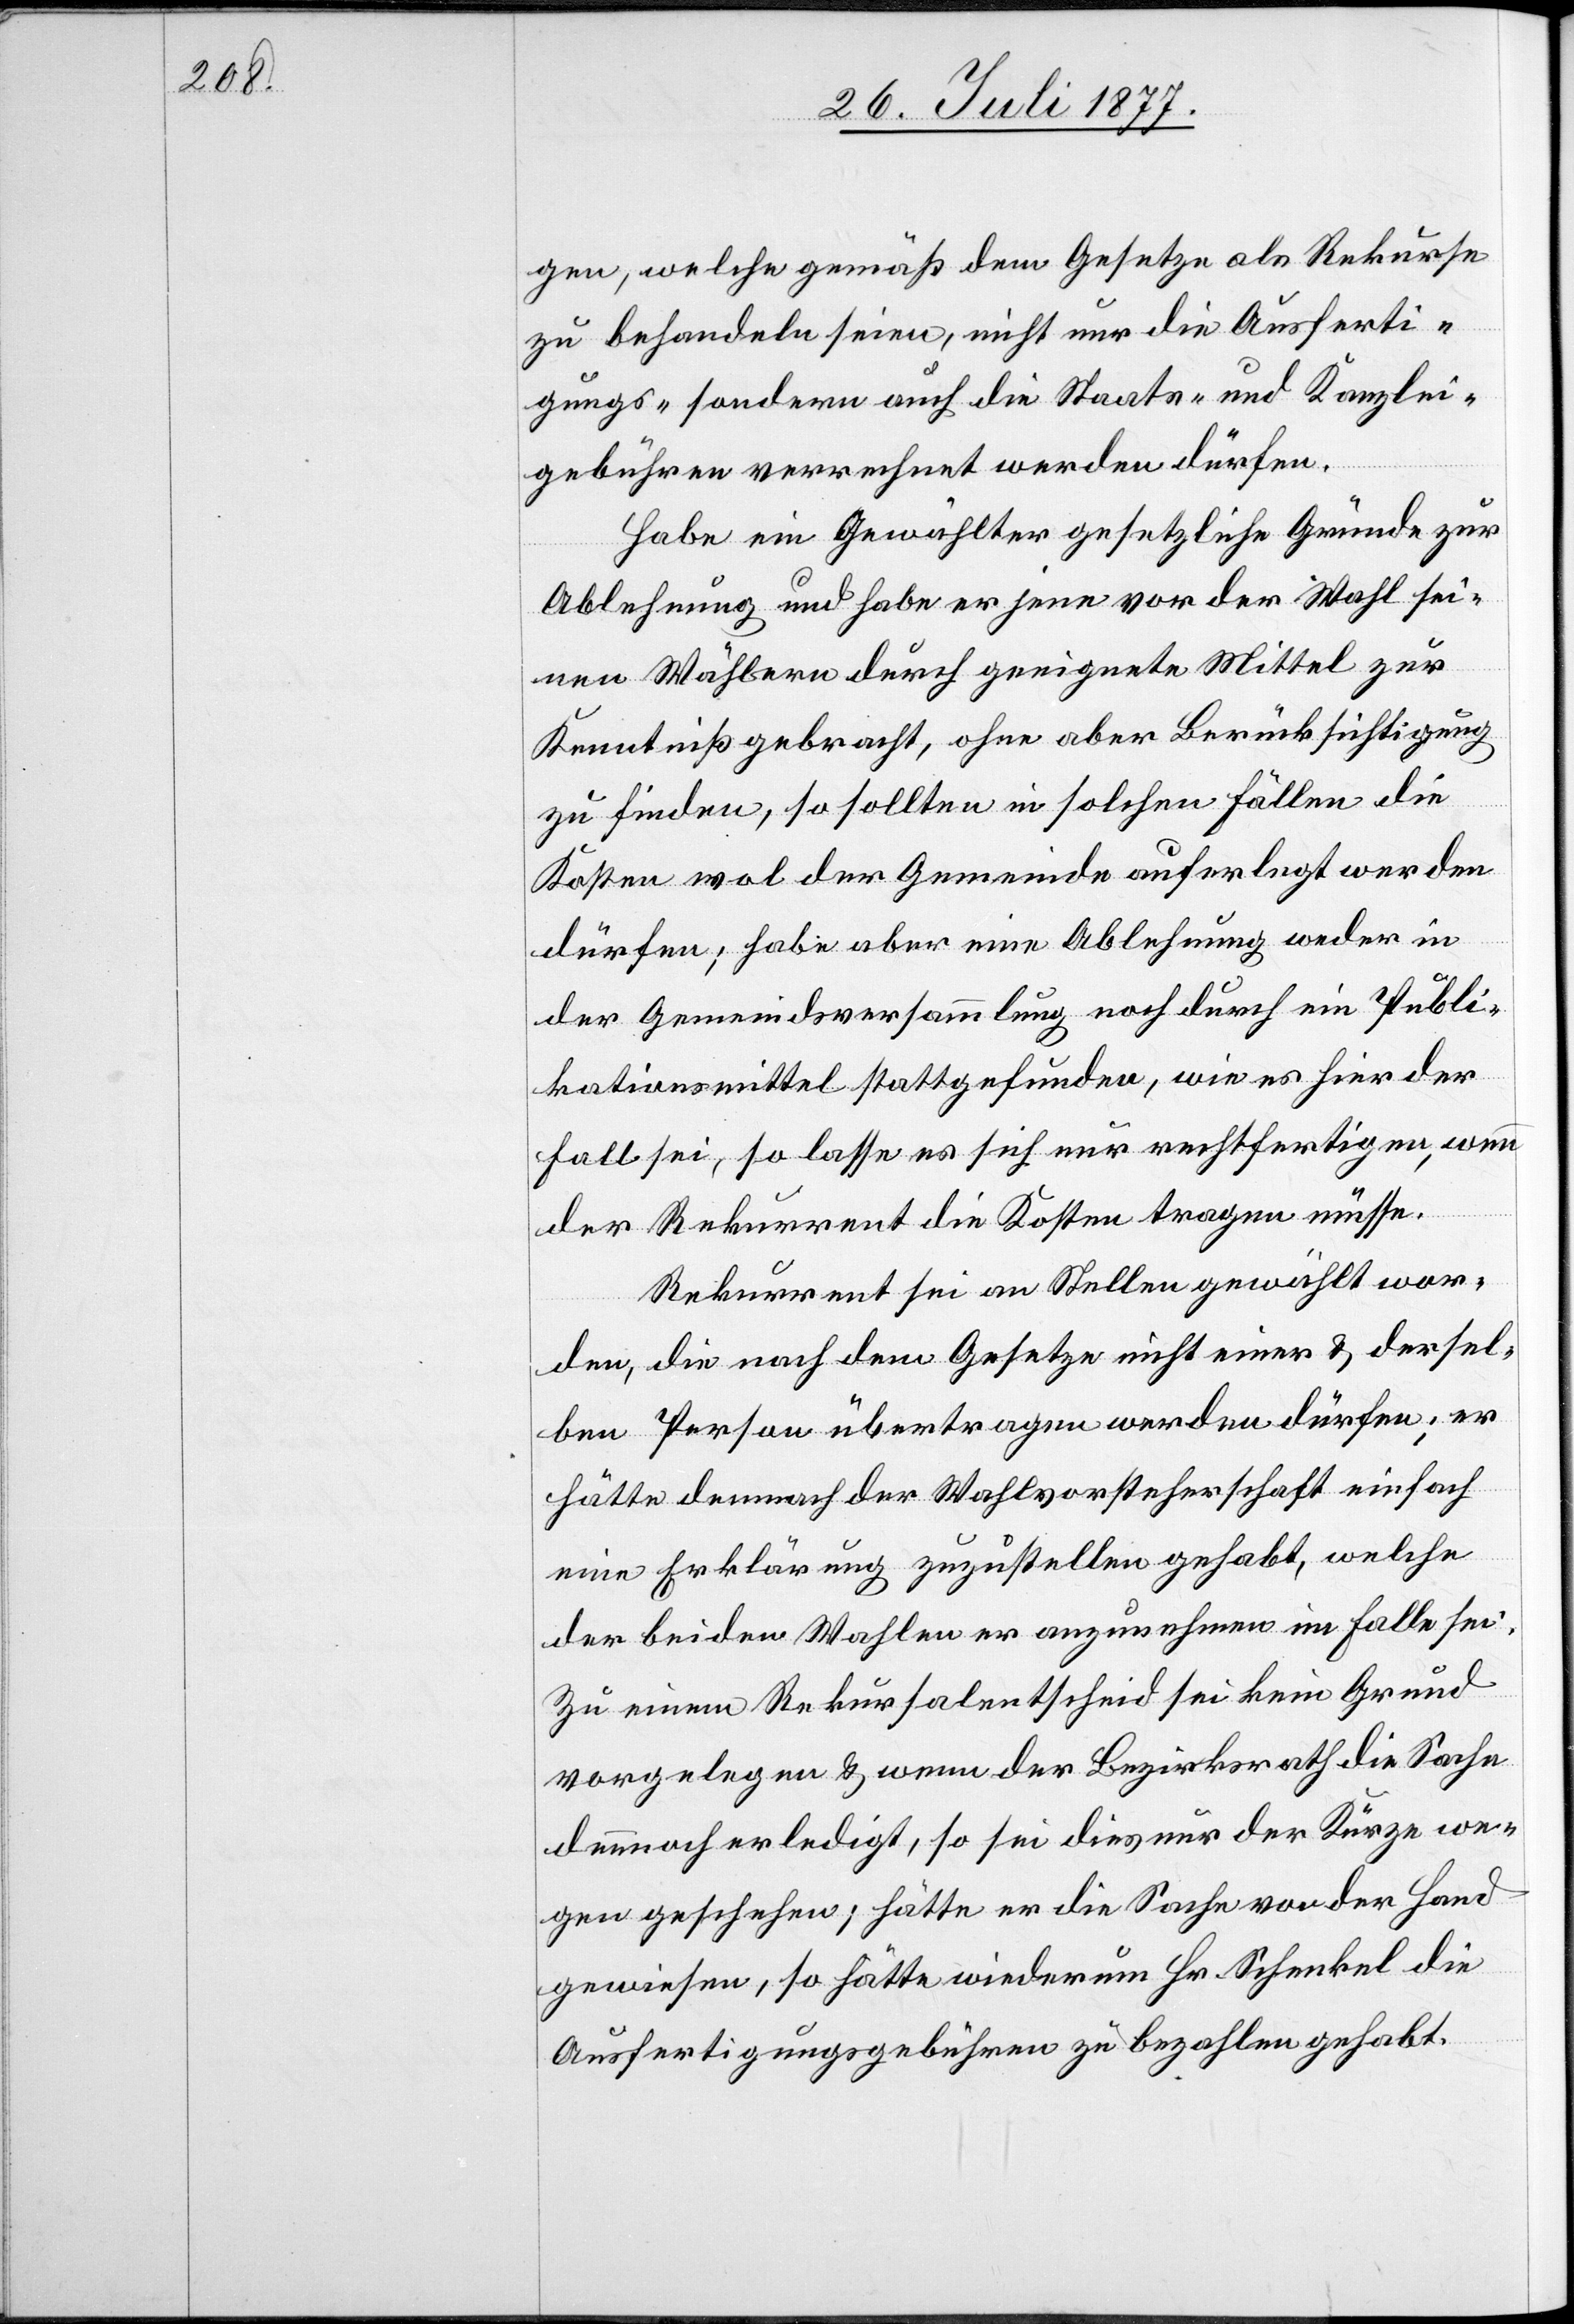
gen, welche gemäß dem Gesetze als Rekurse
zu behandeln seien, nicht nur die Ausferti¬
gungs- sondern auch die Staats- und Kanzlei¬
gebühren verrechnet werden dürfen.
Habe ein Gewählter gesetzliche Gründe zur
Ablehnung und habe er jene vor der Wahl sei¬
nen Wählern durch geeignete Mittel zur
Kenntniß gebracht, ohne aber Berücksichtigung
zu finden, so sollten in solchen Fällen die
Kosten wol der Gemeinde auferlegt werden
dürfen; habe aber eine Ablehnung weder in
der Gemeindsversammlung noch durch ein Publi¬
kationsmittel stattgefunden, wie es hier der
Fall sei, so lasse es sich nur rechtfertigen, wenn
der Rekurrent die Kosten tragen müsse.
Rekurrent sei an Stellen gewählt wor¬
den, die nach dem Gesetze nicht einer & dersel¬
ben Person übertragen werden dürfen; er
hätte demnach der Wahlvorsteherschaft einfach
eine Erklärung zuzustellen gehabt, welche
der beiden Wahlen er anzunehmen im Falle sei.
Zu einem Rekursalentscheid sei kein Grund
vorgelegen & wenn der Bezirksrath die Sache
dennnoch erledigt, so sei dies nur der Kürze we¬
gen geschehen; hätte er die Sache von der Hand
gewiesen, so hätte wiederum Hr. Schenkel die
Ausfertigungsgebühren zu bezahlen gehabt.